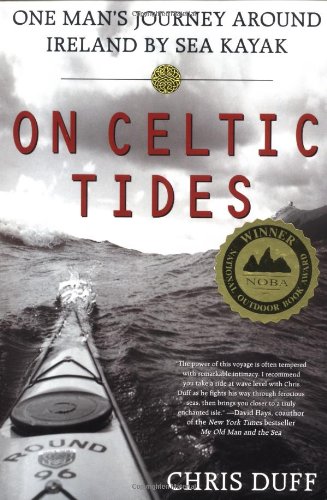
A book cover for On Celtic Tides: One Man's Journey Around Ireland by Sea Kayak; Chris Duff; Sports & Outdoors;